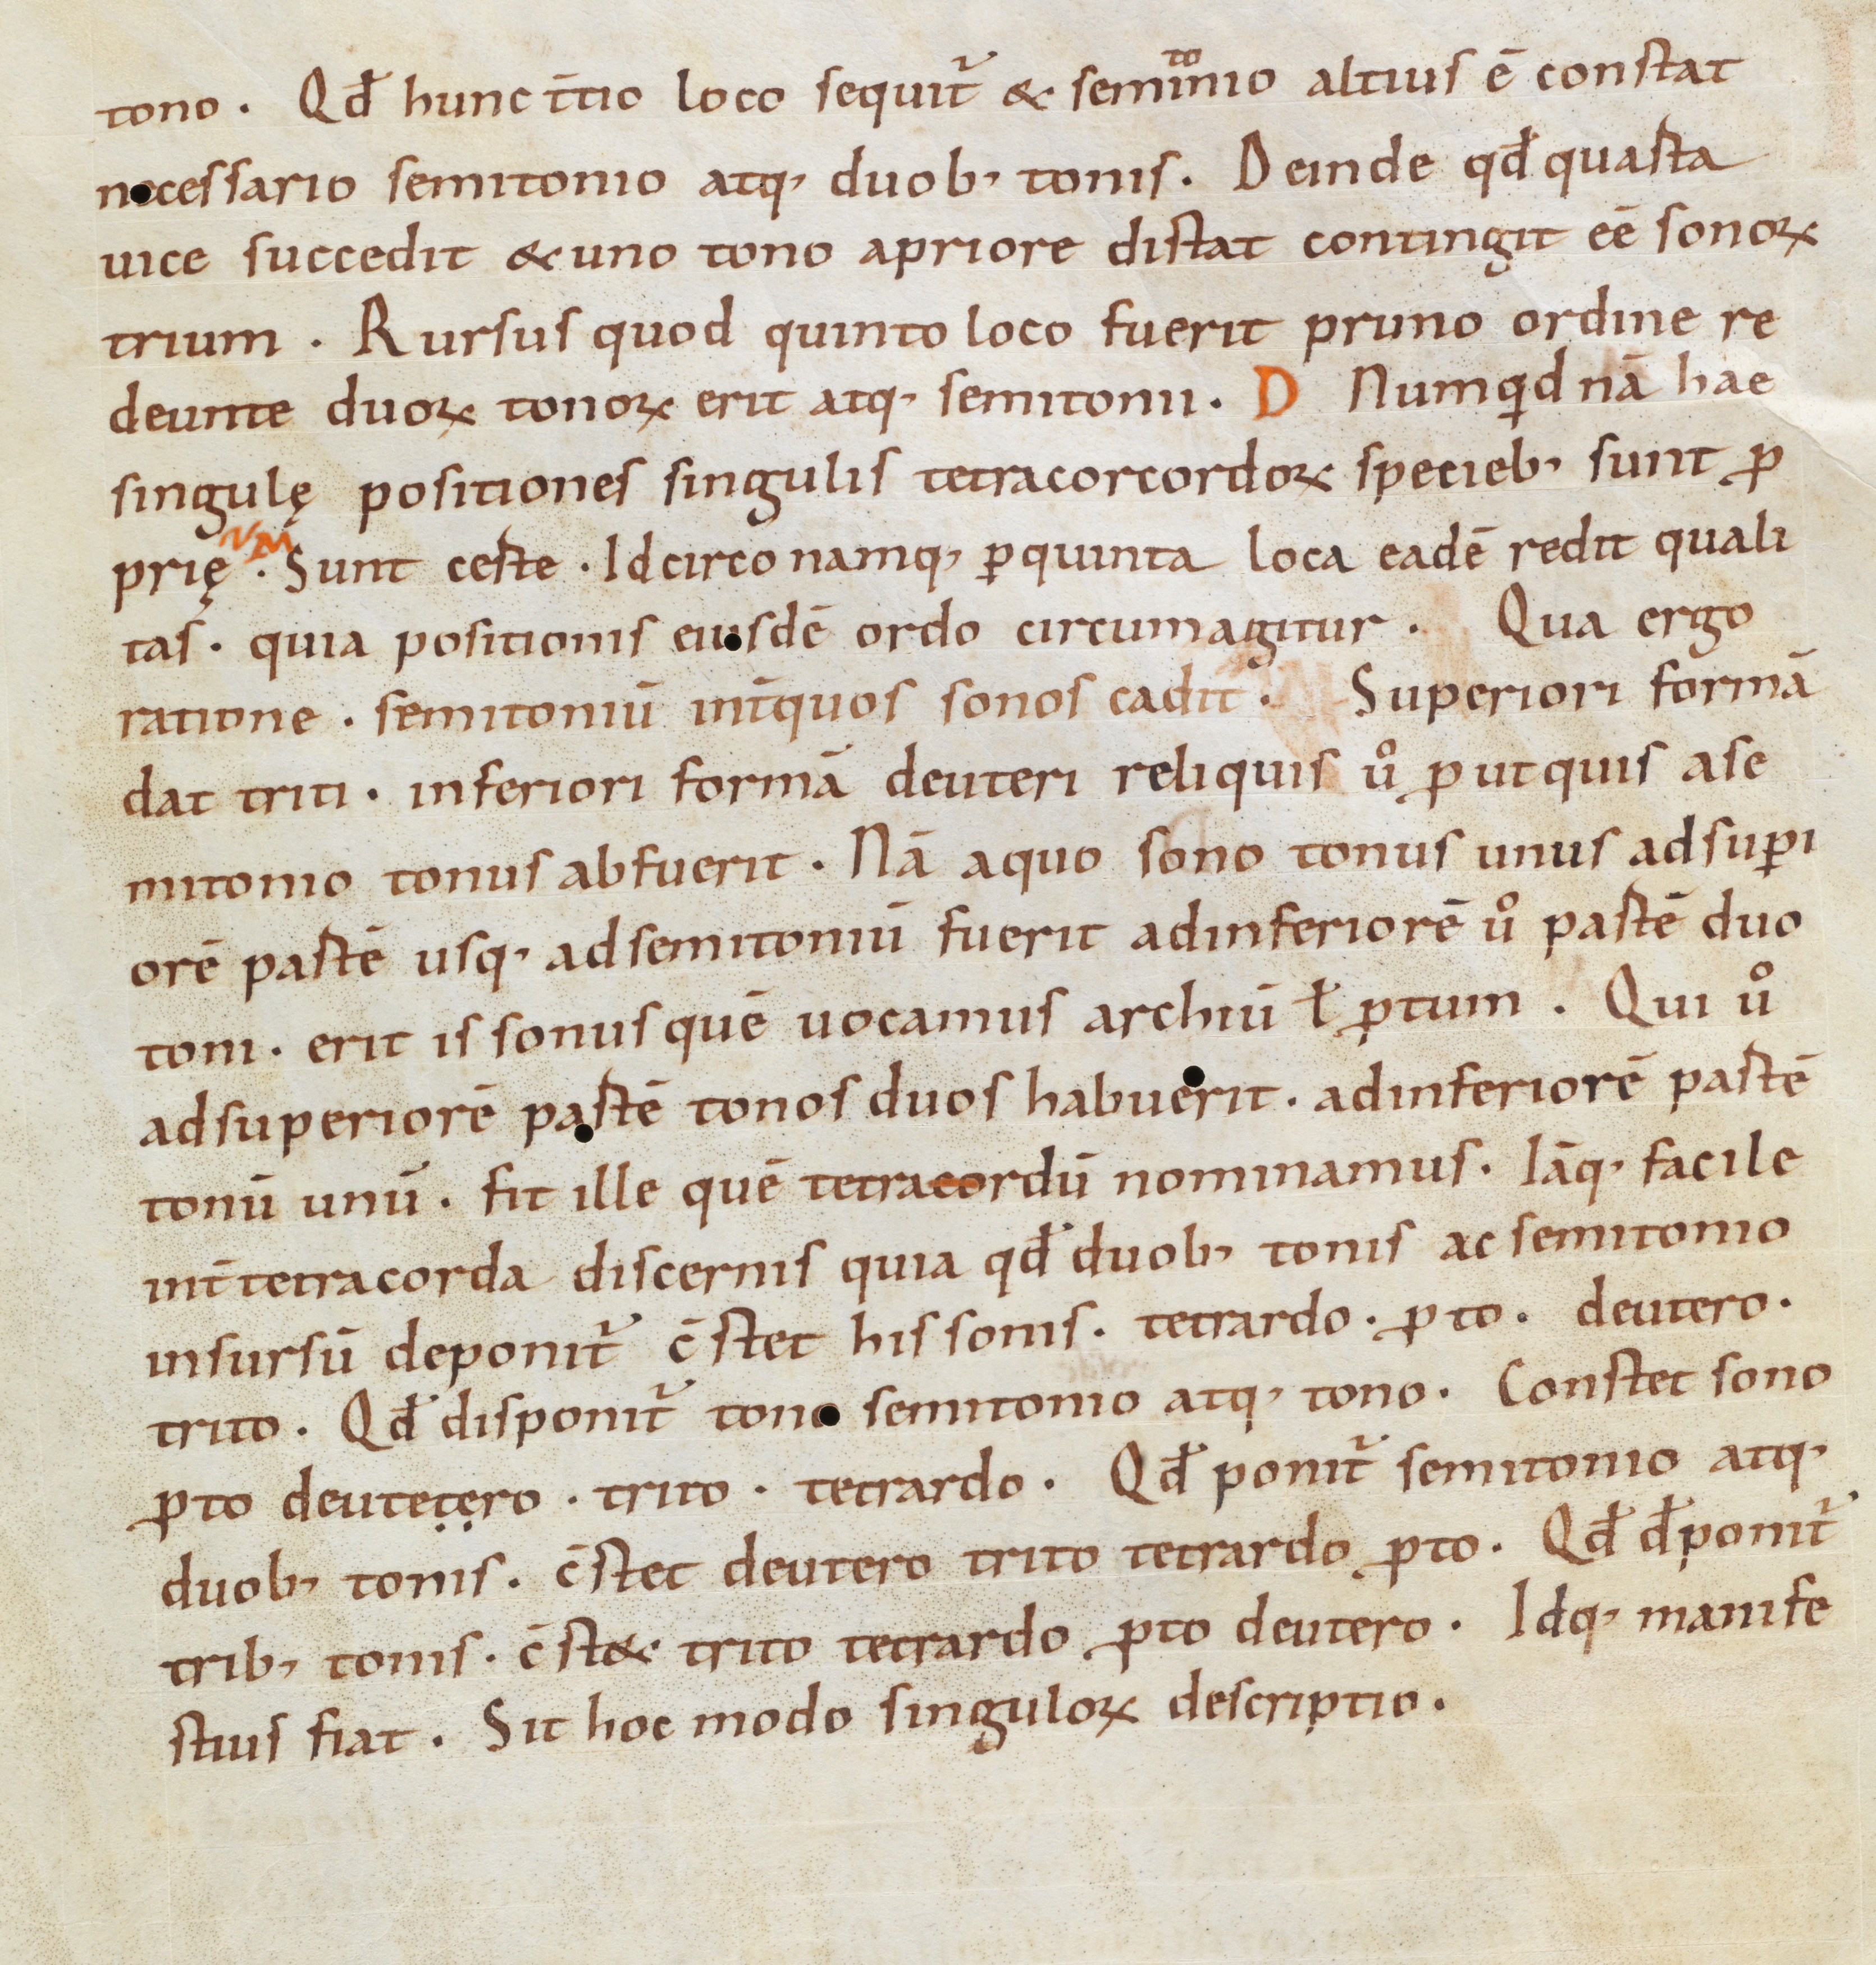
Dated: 975–999